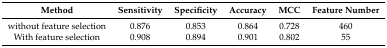
<table><thead><tr><td><b>Method</b></td><td><b>Sensitivity</b></td><td><b>Specificity</b></td><td><b>Accuracy</b></td><td><b>MCC</b></td><td><b>Feature Number</b></td></tr></thead><tbody><tr><td>without feature selection</td><td>0.876</td><td>0.853</td><td>0.864</td><td>0.728</td><td>460</td></tr><tr><td>With feature selection</td><td>0.908</td><td>0.894</td><td>0.901</td><td>0.802</td><td>55</td></tr></tbody></table>